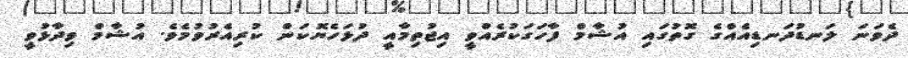
ދެވަނަ ލަނޑުދަނޑިއެއްގެ ގޮތުގައި އުޝާމް ފާހަގަކުރެއްވީ އިޖުތިމާއީ ދުޅަހެޔޮކަން ކުރިއެރުވުމެވެ. އުޝާމް ވިދާޅުވީ